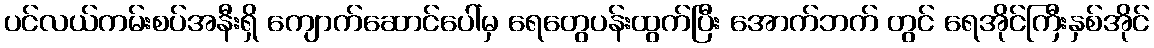
ပင်လယ်ကမ်းစပ်အနီးရှိ ကျောက်ဆောင်ပေါ်မှ ရေတွေပန်းထွက်ပြီး အောက်ဘက် တွင် ရေအိုင်ကြီးနှစ်အိုင်